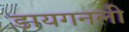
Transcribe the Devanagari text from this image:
डायगनली